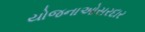
યોજનાઓસરદાર